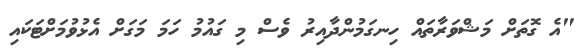
"އެ ގޮތަށް މަޝްވަރާތައް ހިނގަމުންދާއިރު ވެސް މި ގައުމު ހަމަ މަގަށް އެޅުވުމަށްޓަކައި